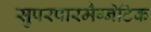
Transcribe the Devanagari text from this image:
सुपरपारमैग्नेटिक